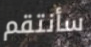
سأنتقم